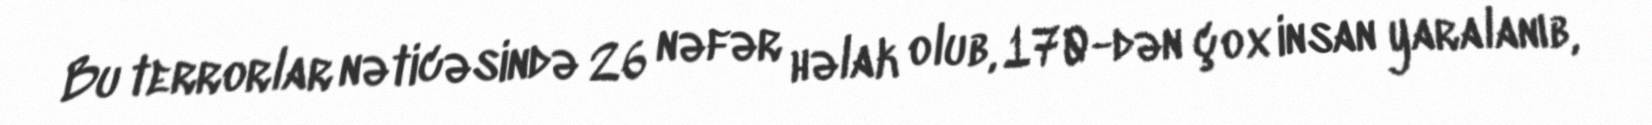
Bu terrorlar nəticəsində 26 nəfər həlak olub, 170-dən çox insan yaralanıb,